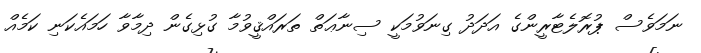
ނަމަވެސް ޕުރޮލެޓާރީންގެ އަދަދު ގިނަވުމަކީ ސިނާޢަތް ތަރައްޤީވުމާ ގުޅިގެން ދިމާވާ ހަމައެކަނި ކަމެއް